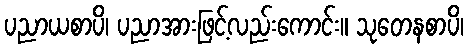
ပညာယစာပိ၊ ပညာအားဖြင့်လည်းကောင်း။ သုတေနစာပိ၊